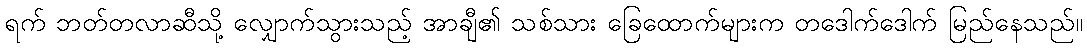
ရက် ဘတ်တလာဆီသို့ လျှောက်သွားသည့် အာချီ၏ သစ်သား ခြေထောက်များက တဒေါက်ဒေါက် မြည်နေသည်။